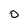
Character: 0